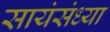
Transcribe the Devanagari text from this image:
सायंसंध्या